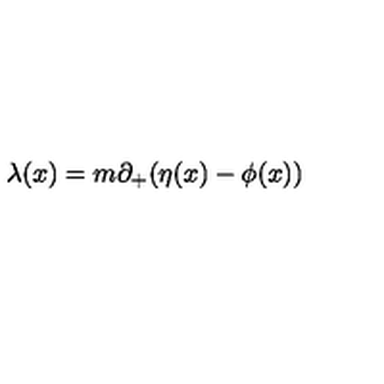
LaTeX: { \lambda } ( x ) = m { \partial } _ { + } ( { \eta } ( x ) - { \phi } ( x ) )